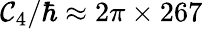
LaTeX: \mathcal{C}_{4}/\hbar\approx2\pi\times267